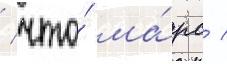
/ что́ ма́рс /